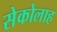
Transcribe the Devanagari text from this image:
सेकोलाह